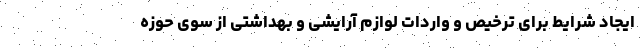
ایجاد شرایط برای ترخیص و واردات لوازم آرایشی و بهداشتی از سوی حوزه